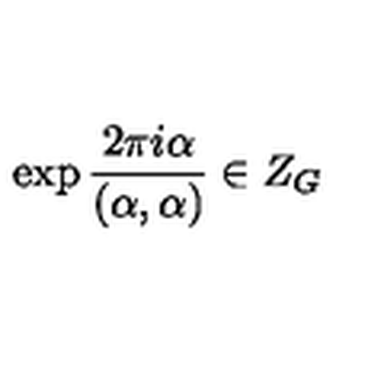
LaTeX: \exp \frac { 2 \pi i \alpha } { ( \alpha , \alpha ) } \in Z _ { G } \